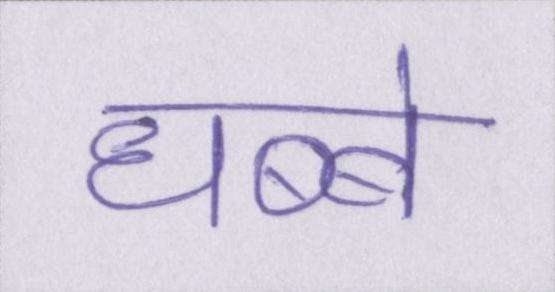
धब्बे